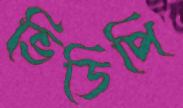
ভিডিপি